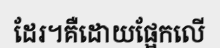
ដែរ។គឺដោយផ្អែកលើ